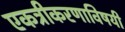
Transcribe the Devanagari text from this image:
एकत्रीकरणाविषयी